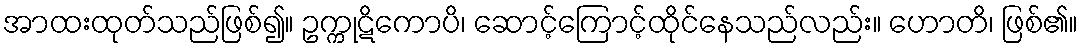
အာထးထုတ်သည်ဖြစ်၍။ ဥက္ကုဋိကောပိ၊ ဆောင့်ကြောင့်ထိုင်နေသည်လည်း။ ဟောတိ၊ ဖြစ်၏။